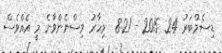
ޑިސެމްބަރު 24